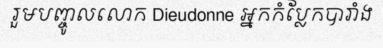
រួមបញ្ចូលលោក Dieudonne អ្នកកំប្លែកបារាំង